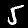
Label: 5